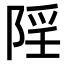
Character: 𨺄